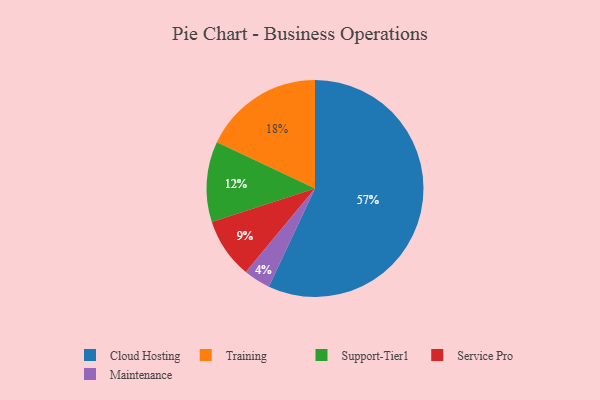
{"axis": {"x": "Category", "y": "Percentage"}, "legend": ["Cloud Hosting", "Maintenance", "Service Pro", "Support-Tier1", "Training"], "data": [{"x": "Service Pro", "y": 9, "type": "Service Pro"}, {"x": "Training", "y": 18, "type": "Training"}, {"x": "Cloud Hosting", "y": 57, "type": "Cloud Hosting"}, {"x": "Maintenance", "y": 4, "type": "Maintenance"}, {"x": "Support-Tier1", "y": 12, "type": "Support-Tier1"}]}